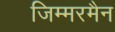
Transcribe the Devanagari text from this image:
जिम्मरमैन